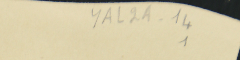
YAL2A-14 1